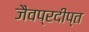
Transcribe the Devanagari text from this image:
जैवप्रदीप्त